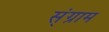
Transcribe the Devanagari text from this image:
स्ंग्राम